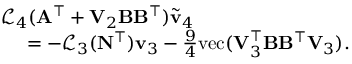
\begin{array} { r l } & { \mathcal { L } _ { 4 } ( \mathbf { A } ^ { \top } + \mathbf { V } _ { 2 } \mathbf { B } \mathbf { B } ^ { \top } ) \widetilde { \mathbf { v } } _ { 4 } } \\ & { \quad ~ = - \mathcal { L } _ { 3 } ( \mathbf { N } ^ { \top } ) \mathbf { v } _ { 3 } - \frac { 9 } { 4 } \mathrm { v e c } ( \mathbf { V } _ { 3 } ^ { \top } \mathbf { B } \mathbf { B } ^ { \top } \mathbf { V } _ { 3 } ) . } \end{array}